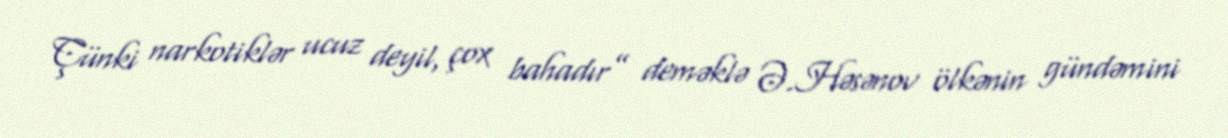
Çünki narkotiklər ucuz deyil, çox bahadır” deməklə Ə.Həsənov ölkənin gündəmini